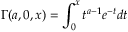
\Gamma ( a , 0 , x ) = \int _ { 0 } ^ { x } t ^ { a - 1 } e ^ { - t } d t